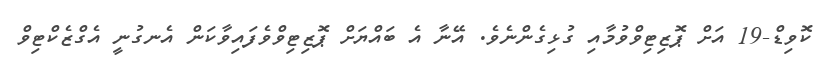
ކޮވިޑް-19 އަށް ޕޮޒިޓިވްވުމާއި ގުޅިގެންނެވެ. އޭނާ އެ ބައްޔަށް ޕޮޒިޓިވްވެފައިވާކަން އެނގުނީ އެގްޒެކްޓިވް